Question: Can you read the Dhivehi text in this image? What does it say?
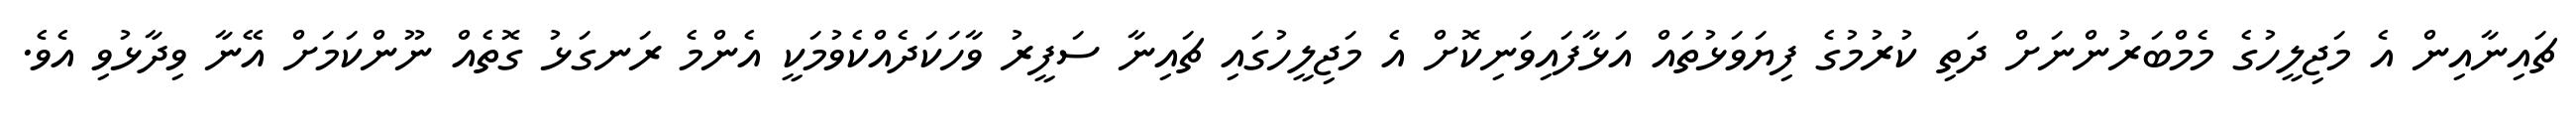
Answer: ޗައިނާއިން އެ މަޖިލީހުގެ މެމްބަރުންނަށް ދަތި ކުރުމުގެ ފިޔަވަޅުތައް އަޅާފައިވަނިކޮށް އެ މަޖިލީހުގައި ޗައިނާ ސަފީރު ވާހަކަދެއްކެވުމަކީ އެންމެ ރަނގަޅު ގޮތެއް ނޫންކަމަށް އޭނާ ވިދާޅުވި އެވެ.